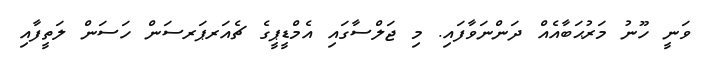
ވަނީ ހޫނު މަރުޙަބާއެއް ދަންނަވާފައި. މި ޖަލްސާގައި އެމްޑީޕީގެ ޗެއަރޕަރސަން ހަސަން ލަތީފާއި